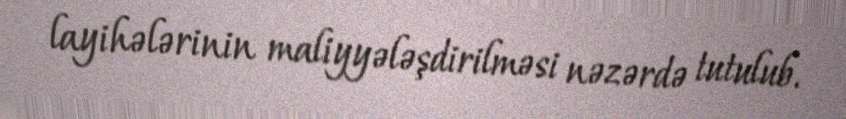
layihələrinin maliyyələşdirilməsi nəzərdə tutulub.